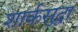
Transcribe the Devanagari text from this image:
शार्कसुद्धा